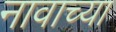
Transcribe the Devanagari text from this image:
नावाच्‍या